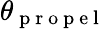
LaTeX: \theta_{\mathrm{~p~r~o~p~e~l~}}